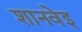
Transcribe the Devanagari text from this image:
शानवेइ